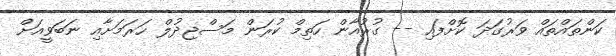
ކަންތައްތައް ވަރުގަދަ ކޮށްފައި -- ގުރުއާން ހަތިމް ކުރަން މަސްޖިދުލް ހަރަމަށާއި ނަބަވީއަށް